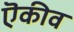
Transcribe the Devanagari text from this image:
ऎकीव